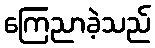
ကြေညာခဲ့သည်